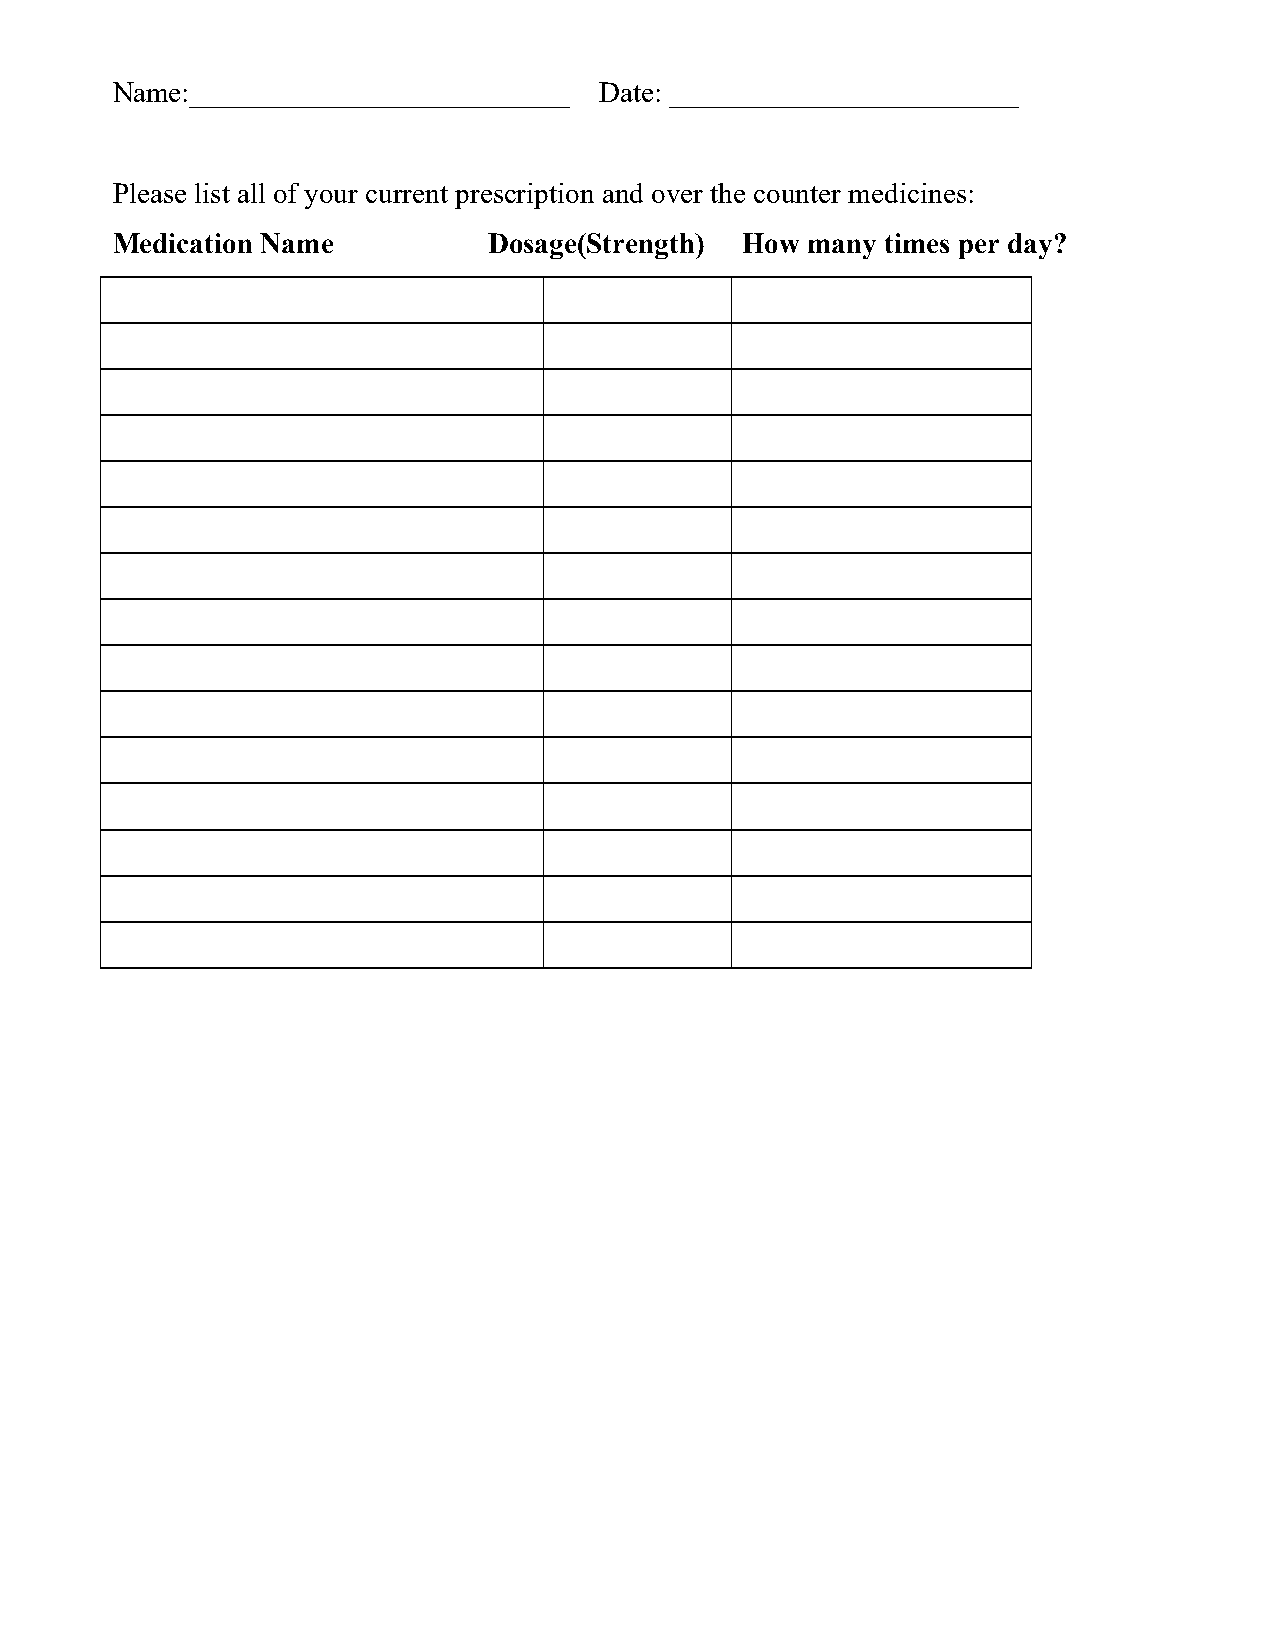
Name:__________________________  Date: ________________________
 Please list all of your current prescription and over the counter medicines:
 Medication Name          Dosage(Strength) How many  times per day?